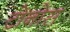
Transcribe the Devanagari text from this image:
टोनोस